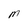
Character: M